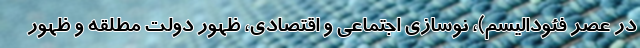
در عصر فئودالیسم)، نوسازی اجتماعی و اقتصادی، ظهور دولت مطلقه و ظهور